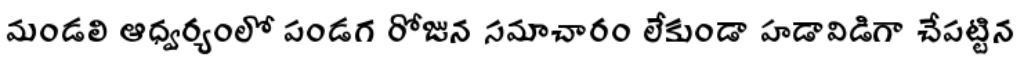
మండలి ఆధ్వర్యంలో పండగ రోజున సమాచారం లేకుండా హడావిడిగా చేపట్టిన